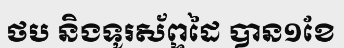
ថប និងទូរស័ព្ទដៃ បាន១ខែ